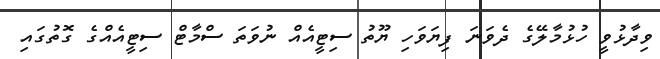
ވިދާޅުވީ ހުޅުމާލޭގެ ދެވަނަ ފިޔަވަހި ޔޫތު ސިޓީއެއް ނުވަތަ ސްމާޓް ސިޓީއެއްގެ ގޮތުގައި